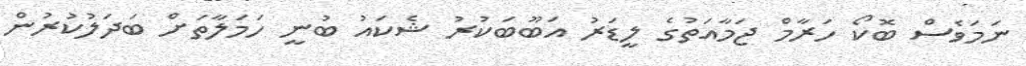
ނަމަވެސް ބޮކޯ ހަރާމް ޖަމާއަތުގެ ލީޑަރު އަބޫބަކުރު ޝެކައު ބުނީ ހަމަލާތަށް ބަދަލުކުރުން